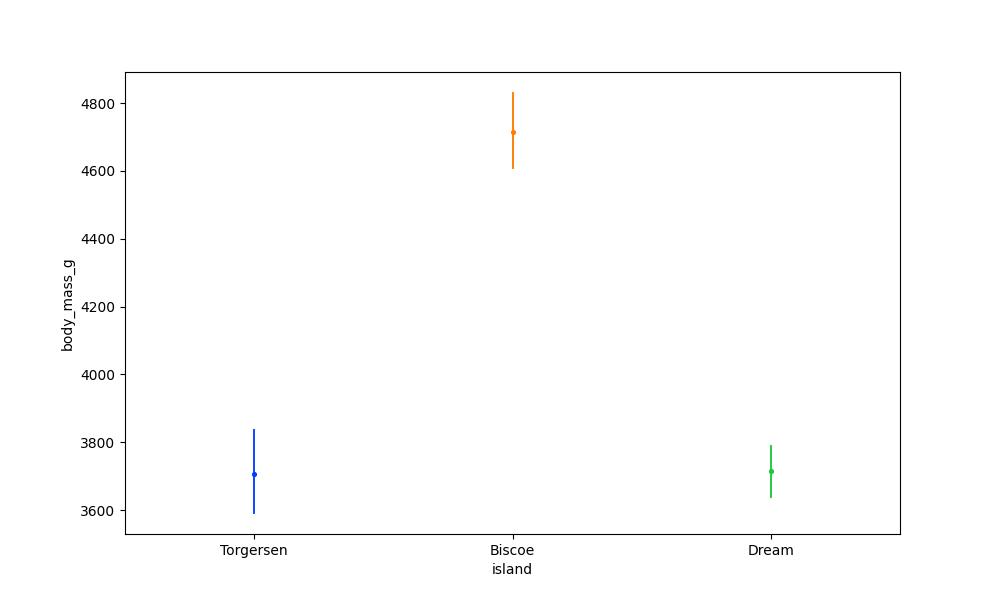
python, seaborn, pointplot, scale=0.5, join=False, hue='None', palette='bright'